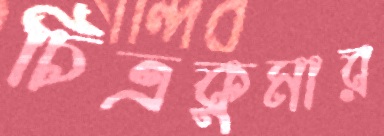
চিত্রকুমার